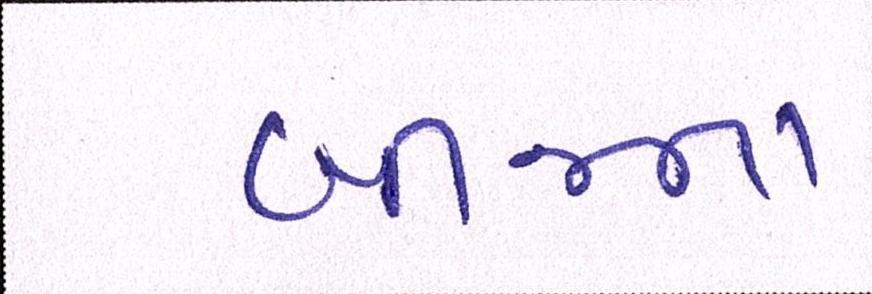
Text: બીજના